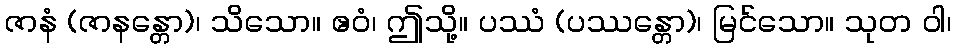
ဇာနံ (ဇာနန္တော)၊ သိသော။ ဧဝံ၊ ဤသို့။ ပဿံ (ပဿန္တော)၊ မြင်သော။ သုတ ဝါ၊